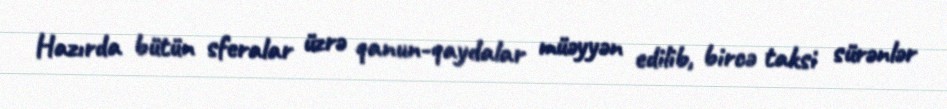
Hazırda bütün sferalar üzrə qanun-qaydalar müəyyən edilib, bircə taksi sürənlər